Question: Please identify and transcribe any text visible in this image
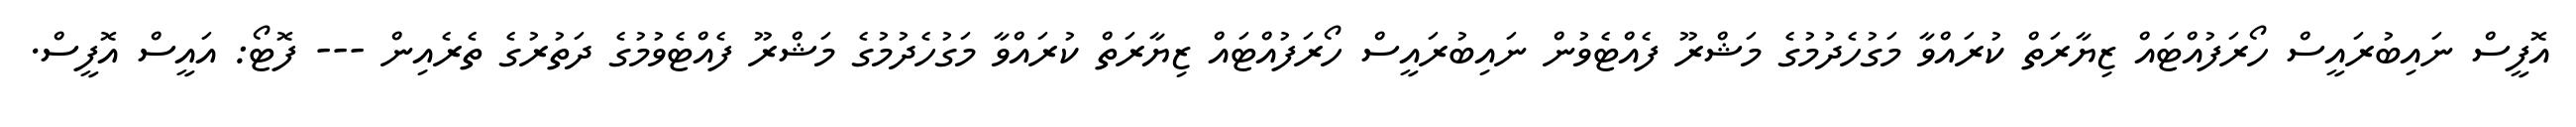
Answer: އޮފީސް ނައިބުރައީސް ހޯރަފުއްޓައް ޒިޔާރަތް ކުރައްވާ މަގުހެދުމުގެ މަޝްރޫ ފެއްޓެވުން ނައިބުރައީސް ހޯރަފުއްޓައް ޒިޔާރަތް ކުރައްވާ މަގުހެދުމުގެ މަޝްރޫ ފެއްޓެވުމުގެ ދަތުރުގެ ތެރެއިން --- ފޮޓޯ: އައީސް އޮފީސް.